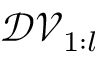
\mathcal { D V } _ { 1 : l }